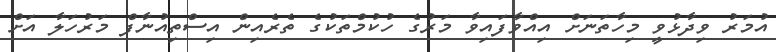
އުމަރު ވިދާޅުވީ މިހާތަނަށް އިއްވާފައިވާ މަރުގެ ހުކުމްތަކުގެ ތެރެއިން އިސްތިއުނާފް މަރުހަލާ އަށް